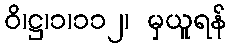
ဝိ၊ဋ္ဌ၊၁၊၁၁၂၊ မှယူရန်